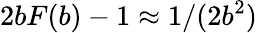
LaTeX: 2bF(b)-1\approx 1/(2b^{2})